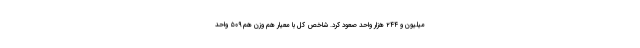
میلیون و ۲۴۴ هزار واحد صعود کرد. شاخص کل با معیار هم وزن هم ۵۰۹ واحد